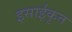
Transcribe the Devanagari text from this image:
इसाईकृत